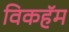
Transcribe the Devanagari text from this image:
विकहॅम